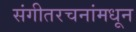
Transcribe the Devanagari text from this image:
संगीतरचनांमधून